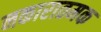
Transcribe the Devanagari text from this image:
नकारातमक